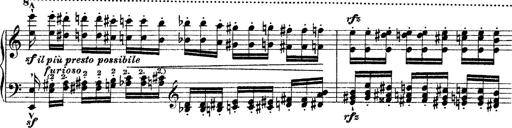
Title: Grande fantasie di bravura sur La clochette
Composer: Franz Liszt
Key: A minor